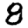
Digit: 8